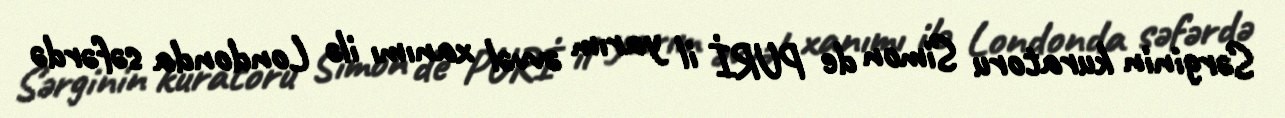
Sərginin kuratoru Simon de PURİ il yarım əvvəl xanımı ilə Londonda səfərdə